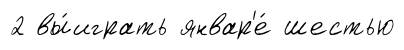
2 вы́играть январ'е́ шестью